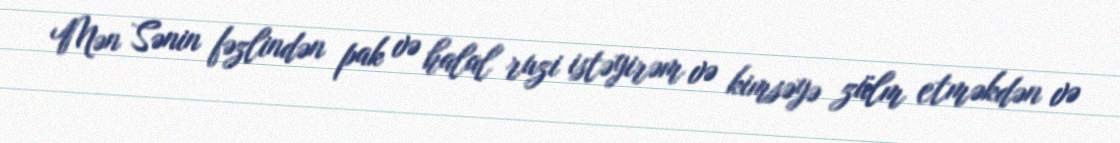
Mən Sənin fəzlindən pak və halal ruzi istəyirəm və kimsəyə zülm etməkdən və